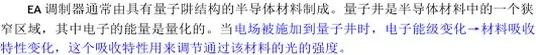
EA 调制器通常由具有量子阱结构的半导体材料制成。量子阱是半导体材料中的一个狭窄区域，其中电子的能量是量化的。当电场被施加到量子阱时，电子能级变化→材料吸收